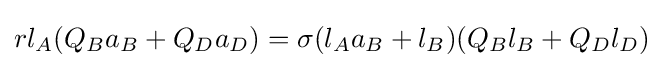
rl_{A}(Q_{B}a_{B}+Q_{D}a_{D})=\sigma (l_{A}a_{B}+l_{B})(Q_{B}l_{B}+Q_{D}l_{D})